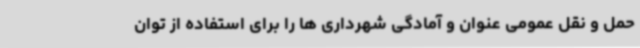
حمل و نقل عمومی عنوان و آمادگی شهرداری ها را برای استفاده از توان